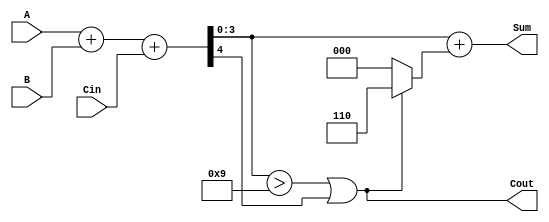
module BCD_Fast_Adder (
    input  wire [3:0] A,    // First BCD digit
    input  wire [3:0] B,    // Second BCD digit
    input  wire Cin,         // Carry input
    output wire [3:0] Sum,   // BCD sum output
    output wire Cout         // Carry output
);

    wire [4:0] S;           // Intermediate 5-bit sum
    wire correction_needed;  // Flag for correction
    wire [4:0] corrected_sum; // Sum after correction

    // Step 1: Perform binary addition on A, B and Cin
    assign S = A + B + Cin;

    // Step 2: Determine if correction is needed (if S > 9 or carry out exists)
    assign correction_needed = (S[3:0] > 4'b1001) || S[4];

    // Step 3: Correct the sum if necessary
    assign corrected_sum = S + (correction_needed ? 5'd6 : 5'd0);
    
    // Final outputs
    assign Sum = corrected_sum[3:0]; // Assign lower 4 bits to Sum
    assign Cout = correction_needed;   // Carry out if correction was needed

endmodule